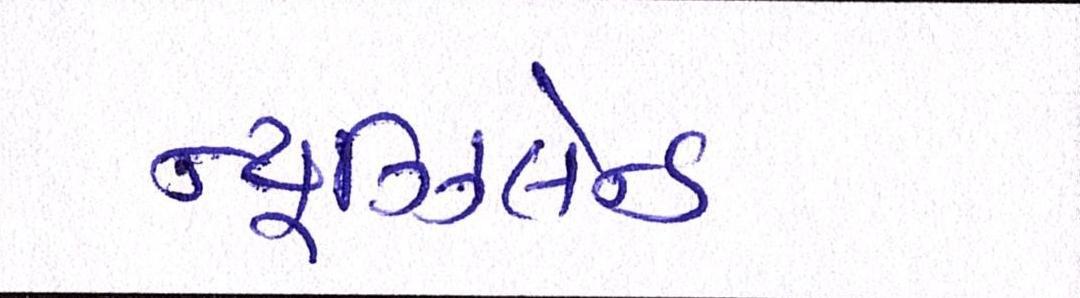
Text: ન્યૂઝિલેન્ડ